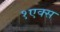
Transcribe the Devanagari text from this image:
१एक्स